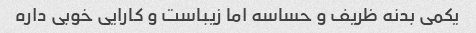
یکمی بدنه ظریف و حساسه اما زیباست و کارایی خوبی داره